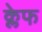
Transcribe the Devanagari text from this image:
क्लेफ